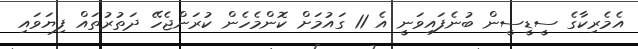
އެމެރިކާގެ ސީޑީސީން ބުނެފައިވަނީ އެ 11 ގައުމަށް ކޮންމެހެން ކުރަންޖެހޭ ދަތުރުތައް ފިޔަވައި